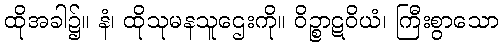
ထိုအခါ၌။ နံ၊ ထိုသုမနသူဌေးကို။ ဝိဉ္စာဋဝိယံ၊ ကြီးစွာသော